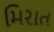
મિરાત